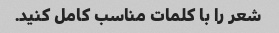
شعر را با کلمات مناسب کامل کنید.